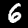
Label: 6